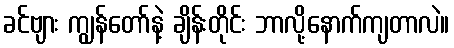
ခင်ဗျား ကျွန်တော်နဲ့ ချိန်းတိုင်း ဘာလို့နောက်ကျတာလဲ။